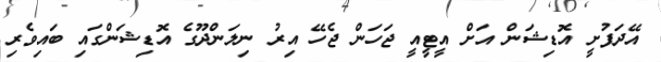
އޭދަފުށީ އޮޑިޝަން އަށް އީޓީއީ ޖަހަން ޖެހޭ އިރު ނިލަންދޫގެ އޮޑިޝަންގައި ބައިވެރި